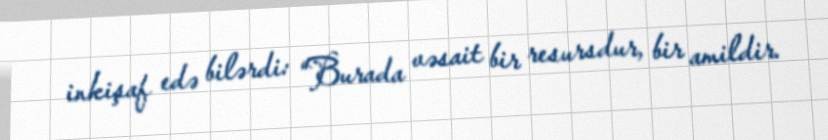
inkişaf edə bilərdi: “Burada vəsait bir resursdur, bir amildir.